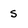
Character: S